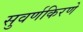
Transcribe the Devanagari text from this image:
सुवर्णकिरणे